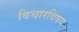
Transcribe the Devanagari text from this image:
विचारविषय